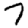
Digit: 7